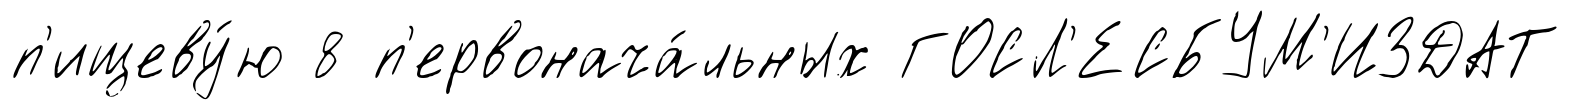
п'ищеву́ю 8 п'ервонача́льных ГОСЛ'ЕСБУМ'ИЗДАТ